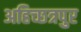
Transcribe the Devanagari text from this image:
अहिच्छत्रपुर